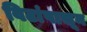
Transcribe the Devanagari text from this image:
विटांपासून